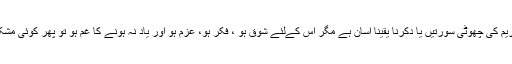
قرآن کریم کی چھوٹی سورتیں یا دکرنا یقیناً آسان ہے مگر اس کےلئے شوق ہو ، فکر ہو، عزم ہو اور یاد نہ ہونے کا غم ہو تو پھر کوئی مشکل نہیں۔